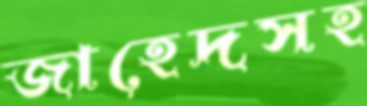
জাহেদসহ